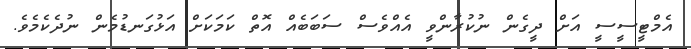
އެމްޓީސީސީ އަށް ދީގެން ނުކުރާންވީ އެއްވެސް ސަބަބެއް އޮތް ކަމަކަށް އަޅުގަނޑުމެން ނުދެކެމެވެ.